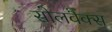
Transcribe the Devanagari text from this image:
सोलवैक्स